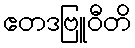
ဧတဒဗြူဝီတိ